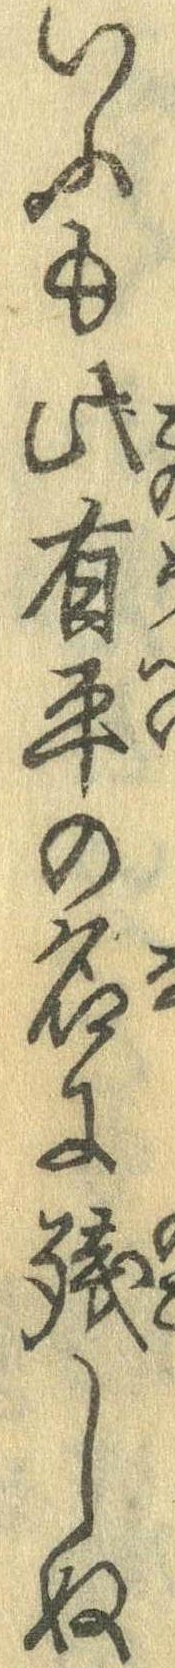
いふも此有平の名に残しぬ